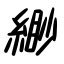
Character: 緲